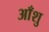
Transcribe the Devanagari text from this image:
आँशु